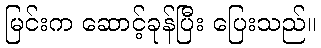
မြင်းက ဆောင့်ခုန်ပြီး ပြေးသည်။